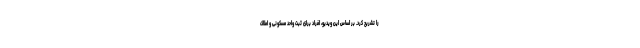
را تشریح کرد. بر اساس این ویدیو، افراد برای ثبت واحد مسکونی و املاک